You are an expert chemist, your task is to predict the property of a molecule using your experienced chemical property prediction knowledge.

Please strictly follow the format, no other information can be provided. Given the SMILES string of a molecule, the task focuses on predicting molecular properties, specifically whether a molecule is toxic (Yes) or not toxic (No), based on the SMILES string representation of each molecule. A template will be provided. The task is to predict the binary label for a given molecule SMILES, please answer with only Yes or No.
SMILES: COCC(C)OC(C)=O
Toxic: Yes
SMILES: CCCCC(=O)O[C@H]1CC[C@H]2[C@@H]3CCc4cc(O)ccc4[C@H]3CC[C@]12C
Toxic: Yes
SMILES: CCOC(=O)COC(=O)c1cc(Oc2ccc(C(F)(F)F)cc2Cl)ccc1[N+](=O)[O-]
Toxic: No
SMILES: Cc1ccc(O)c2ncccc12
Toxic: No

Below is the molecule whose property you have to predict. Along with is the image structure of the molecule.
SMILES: C=C(C)C(=O)OCCOCCOCCOC(=O)C(=C)C
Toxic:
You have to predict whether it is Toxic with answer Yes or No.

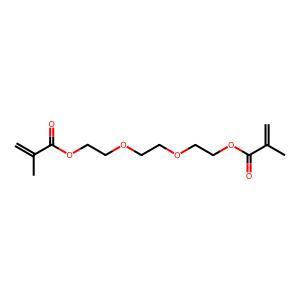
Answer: No